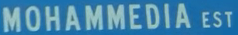
MOHAMMEDIA EST